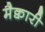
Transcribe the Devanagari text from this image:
मैक्वारी